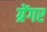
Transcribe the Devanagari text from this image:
ग्रेंगर